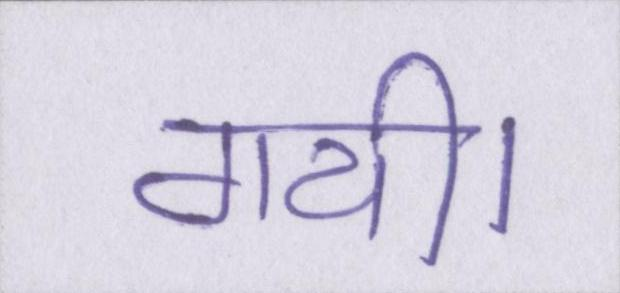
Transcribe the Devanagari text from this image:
गयी।